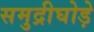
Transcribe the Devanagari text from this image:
समुद्रीघोड़े